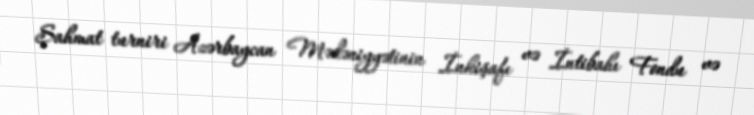
Şahmat turniri Azərbaycan Mədəniyyətinin İnkişafı və İntibahı Fondu və